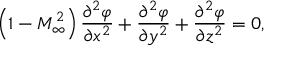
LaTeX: \left( 1 - M _ { \infty } ^ { 2 } \right) { \frac { \partial ^ { 2 } \varphi } { \partial x ^ { 2 } } } + { \frac { \partial ^ { 2 } \varphi } { \partial y ^ { 2 } } } + { \frac { \partial ^ { 2 } \varphi } { \partial z ^ { 2 } } } = 0 ,